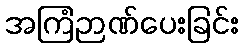
အကြံဉာဏ်ပေးခြင်း